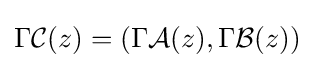
\Gamma {\mathcal {C}}(z)=(\Gamma {\mathcal {A}}(z),\Gamma {\mathcal {B}}(z))